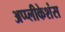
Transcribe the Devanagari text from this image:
अप्प्लीकेशंस